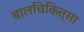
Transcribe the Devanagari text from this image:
बालचिकित्सा